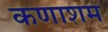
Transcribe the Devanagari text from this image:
कणाशम